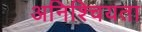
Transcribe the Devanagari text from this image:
अनिश्चियता